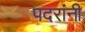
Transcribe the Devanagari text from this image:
पदरांनी